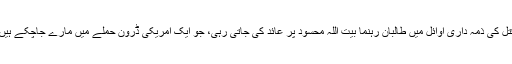
قتل کی ذمہ داری اوائل میں طالبان رہنما بیت اللہ محسود پر عائد کی جاتی رہی، جو ایک امریکی ڈرون حملے میں مارے جاچکے ہیں۔